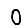
Digit: 0